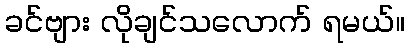
ခင်ဗျား လိုချင်သလောက် ရမယ်။